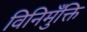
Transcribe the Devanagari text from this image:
विनिमुँक्ति